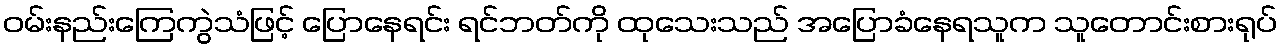
ဝမ်းနည်းကြေကွဲသံဖြင့် ပြောနေရင်း ရင်ဘတ်ကို ထုသေးသည် အပြောခံနေရသူက သူတောင်းစားရုပ်